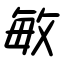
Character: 敏